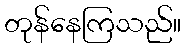
တုန်နေကြသည်။